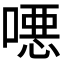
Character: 𫫖